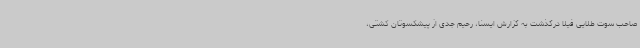
صاحب سوت طلایی فیلا درگذشت به گزارش ایسنا، رحیم جدی از پیشکسوتان کشتی،